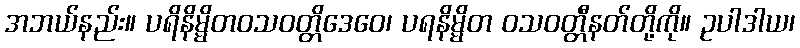
အဘယ်နည်း။ ပရိနိမ္မိတဝသဝတ္တိဒေဝေ၊ ပရနိမ္မိတ ဝသဝတ္တီနတ်တို့ကို။ ဥပါဒါယ၊